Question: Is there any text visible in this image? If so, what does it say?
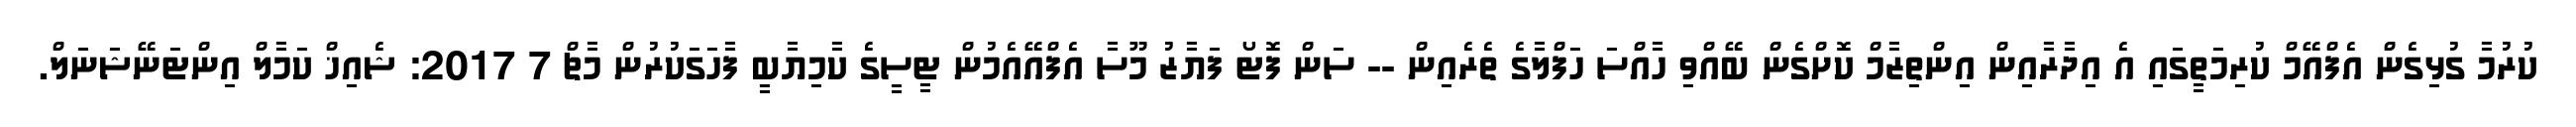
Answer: ކުރުމާ ގުޅިގެން އެފްއޭމް ކުރިމަތީގައި އެ އިދާރާއިން އިންތިޒާމް ކޮށްގެން ބޭއްވި ހާއްސަ ހަފްލާގެ ތެރެއިން -- ސަން ފޮޓޯ ފަޔާޒު މޫސާ އެފްއޭއެމުން ޓީސީގެ ކާމިޔާބީ ފާހަގަކުރުން މާޗް 7 2017: ޝެއިޚް ކަމާލް އިންޓަނޭޝަނަލް.